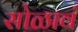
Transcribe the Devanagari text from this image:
सोळावं